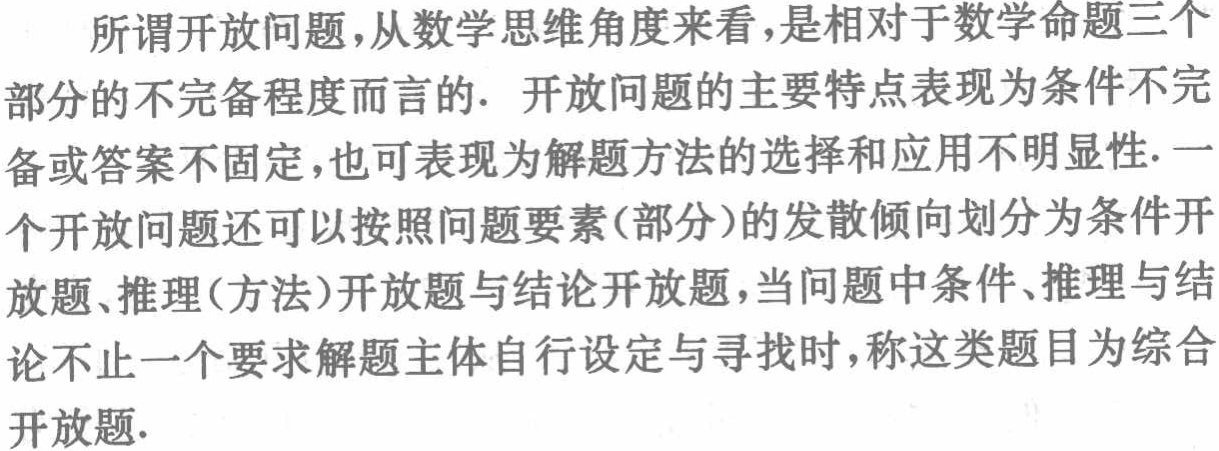
所谓开放问题，从数学思维角度来看，是相对于数学命题三个部分的不完备程度而言的. 开放问题的主要特点表现为条件不完备或答案不固定，也可表现为解题方法的选择和应用不明显性.一个开放问题还可以按照问题要素(部分)的发散倾向划分为条件开放题、推理(方法)开放题与结论开放题，当问题中条件、推理与结论不止一个要求解题主体自行设定与寻找时，称这类题目为综合开放题.